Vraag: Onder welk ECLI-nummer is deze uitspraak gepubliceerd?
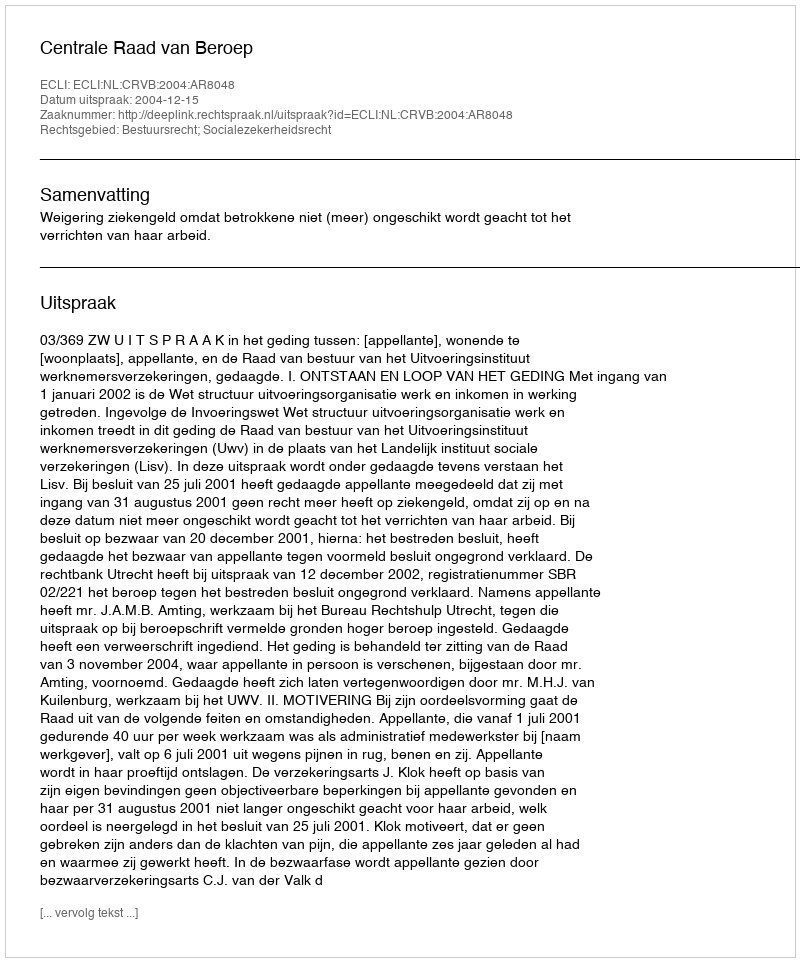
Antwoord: ECLI:NL:CRVB:2004:AR8048